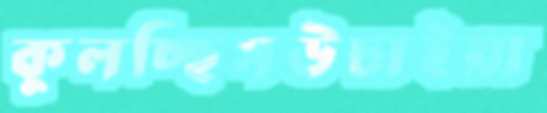
কুলচ্ছিসউচাইয়া